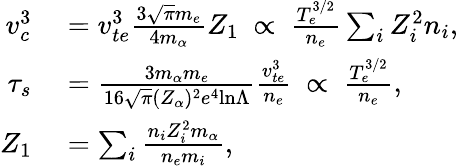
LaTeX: \begin{array}{rl}{v_{c}^{3}}&{{}=v_{te}^{3}\frac{3\sqrt{\pi}m_{e}}{4m_{\alpha}}Z_{1}~\propto~\frac{T_{e}^{3/2}}{n_{e}}\sum_{i}Z_{i}^{2}n_{i},}\\ {\tau_{s}}&{{}=\frac{3m_{\alpha}m_{e}}{16\sqrt{\pi}(Z_{\alpha})^{2}e^{4}\mathrm{ln}\Lambda}\frac{v_{te}^{3}}{n_{e}}~\propto~\frac{T_{e}^{3/2}}{n_{e}},}\\ {Z_{1}}&{{}=\sum_{i}\frac{n_{i}Z_{i}^{2}m_{\alpha}}{n_{e}m_{i}},}\end{array}